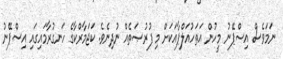
ނަމަވެސް އިސްޕޭނު މީހުން އަތަހުއަލްޕާއަކަށް މި ފުރުޞަތެއް ނުދިނެވެ. ކަޖަމާރްކާގެ ހަނގުރާމައިގައި އިސްޕޭނު